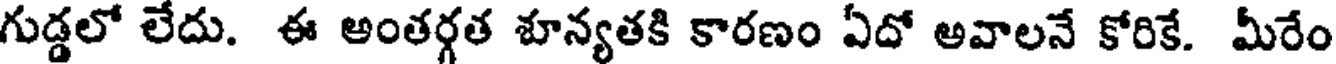
గుడ్డలో లేదు. ఈ అంతర్గత శూన్యతకి కారణం ఏదో అవాలనే కోరికే. మీరేం